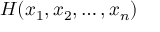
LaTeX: H ( x _ { 1 } , x _ { 2 } , \dots , x _ { n } )